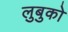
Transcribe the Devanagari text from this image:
लुबुको